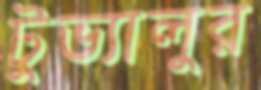
টুভ্যালুর